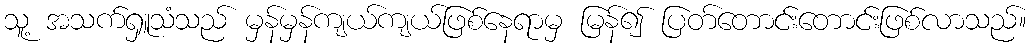
သူ့ အသက်ရှူသံသည် မှန်မှန်ကျယ်ကျယ်ဖြစ်နေရာမှ မြန်၍ ပြတ်တောင်းတောင်းဖြစ်လာသည်။